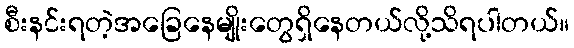
စီးနင်းရတဲ့အခြေနေမျိုးတွေရှိနေတယ်လို့သိရပါတယ်။